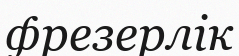
фрезерлік